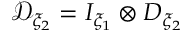
\mathcal { D } _ { \xi _ { 2 } } = I _ { \xi _ { 1 } } \otimes D _ { \xi _ { 2 } }